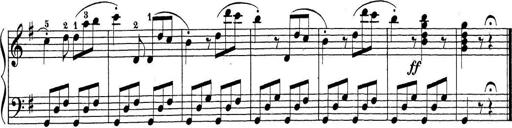
Title: Sonatina Album
Composer: Louis KÃ¶hler